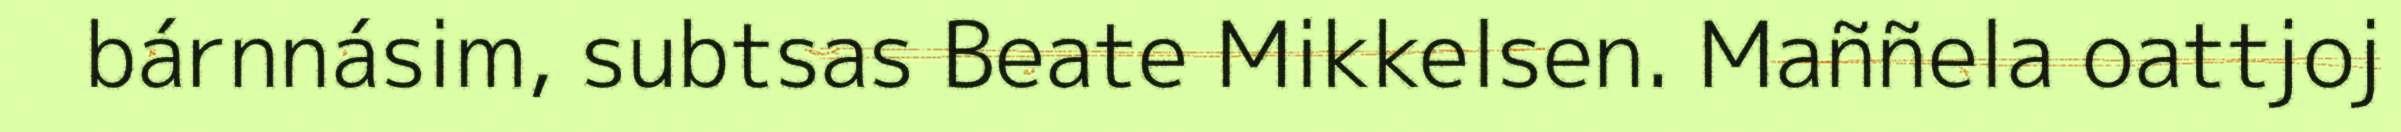
bárnnásim, subtsas Beate Mikkelsen. Maññela oattjoj